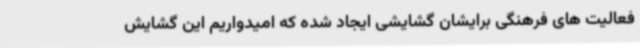
فعالیت های فرهنگی برایشان گشایشی ایجاد شده که امیدواریم این گشایش